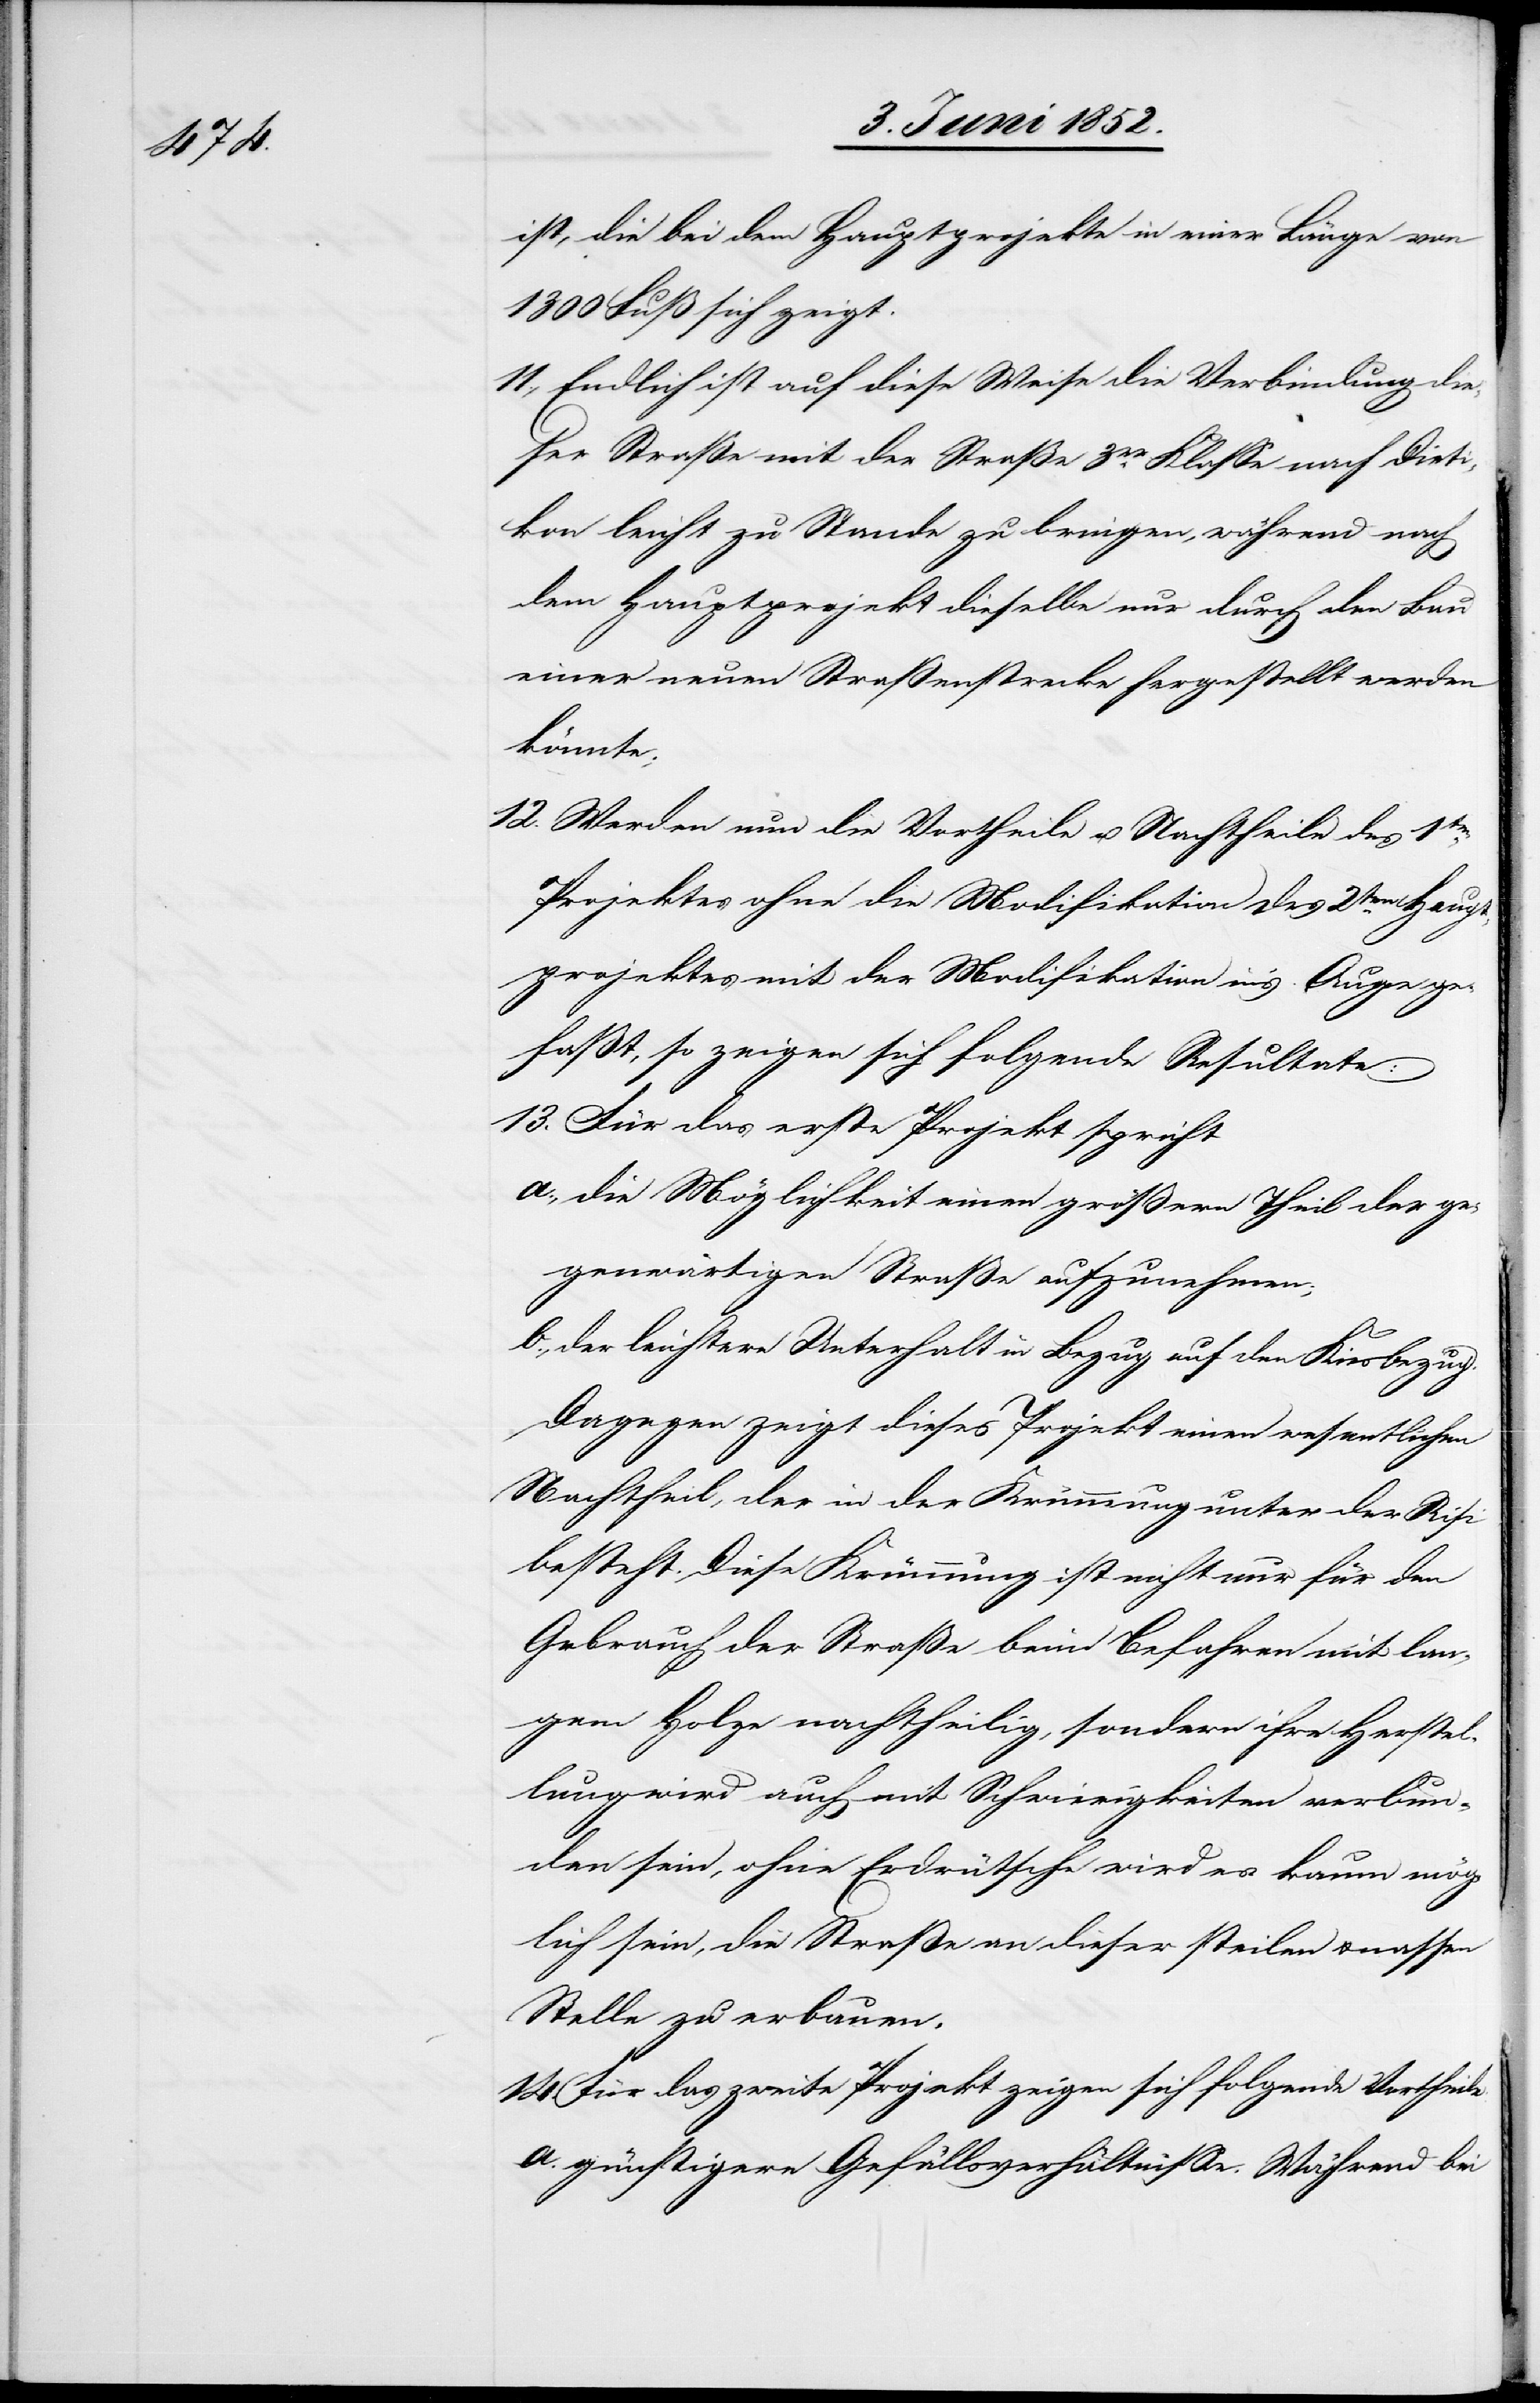
ist, die bei dem Hauptprojekte in einer Länge von
1300 Fuß sich zeigt.
Endlich ist auf diese Weise die Verbindung die¬
ser Straße mit der Straße 3er. Klasse nach Diet¬
ikon leicht zu Stande zu bringen, während nach
dem Hauptprojekt dieselbe nur durch den Bau
einer neuen Straßenstrecke hergestellt werden
Haupt¬
Werden nun die Vortheile u. Nachtheile des 1ten.
Projektes ohne die Modifikation [und] des 2ten.
projektes mit der Modifikation in’s Auge ge¬
fasst, so zeigen sich folgende Resultate:
Für das erste Projekt spricht
die Möglichkeit einen größern Theil der ge¬
genwärtigen Straße aufzunehmen;
14.
der leichtere Unterhalt in Bezug auf den Kiesbezug.
Dagegen zeigt dieses Projekt einen wesentlichen
Nachtheil, der in der Krümmung unter der Risi
besteht. Diese Krümmung ist nicht nur für den
Gebrauch der Straße beim Befahren mit lan¬
gem Holze nachtheilig, sondern ihre Herstel¬
lung wird auch mit Schwierigkeiten verbun¬
den sein, ohne Erdrütsche wird es kaum mög¬
lich sein, die Straße an dieser steilen & nassen
Stelle zu erbauen.
Für das zweite Projekt zeigen sich folgende Vortheile.
günstigere Gefällsverhältnisse. Während bei